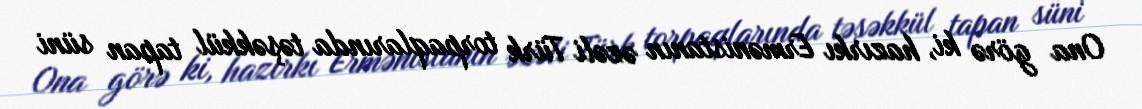
Ona görə ki, hazırkı Ermənistanın əzəli Türk torpaqlarında təşəkkül tapan süni